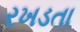
રખડતા